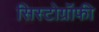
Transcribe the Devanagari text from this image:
सिस्टोग्रॉफी